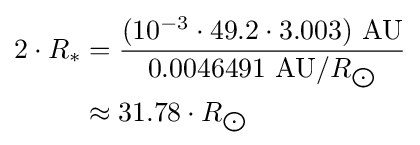
{\begin{aligned}2\cdot R_{*}&={\frac {(10^{-3}\cdot 49.2\cdot 3.003)\ {\text{AU}}}{0.0046491\ {\text{AU}}/R_{\bigodot }}}\\&\approx 31.78\cdot R_{\bigodot }\end{aligned}}